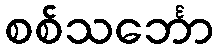
စစ်သင်္ဘော